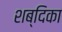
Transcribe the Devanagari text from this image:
शब्दिका